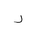
Letter: _ra